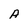
Character: A